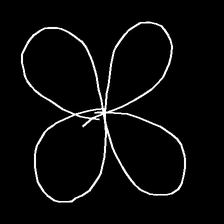
Glyph: billowing